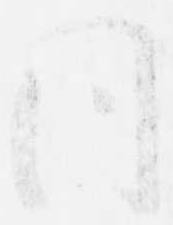
同